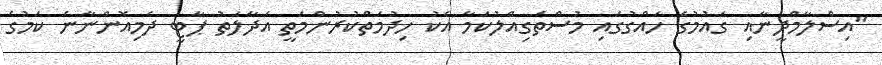
"އިސްލާމްދީނާއި ގައުމުގެ ހައްގުގައި މުސްތަގިއްލުކަމާ އެކު ހިދުމަތްކުރުންމަތީ އަދާލަތު ޕާޓީ ދެމިއޮންނާނެ ކަމުގެ